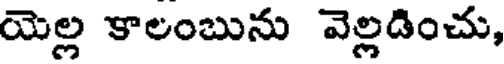
యెల్ల కాలంబును వెల్లడించు,